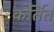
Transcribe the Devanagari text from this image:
कर्तित